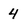
Character: 4